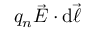
q _ { n } { \vec { E } } \cdot \mathrm { d } { \vec { \ell } }